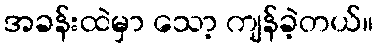
အခန်းထဲမှာ သော့ ကျန်ခဲ့တယ်။